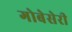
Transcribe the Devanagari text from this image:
गोबेसेरी